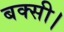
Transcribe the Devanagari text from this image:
बक्सी।